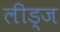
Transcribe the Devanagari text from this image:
लीड्ज